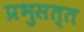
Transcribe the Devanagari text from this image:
प्रभुसत्त